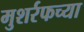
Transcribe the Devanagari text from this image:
मुशर्रफच्या